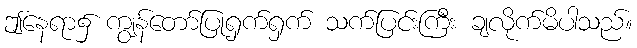
ဤနေရာ၌ ကျွန်တော်ပြုရှက်ရှက် သက်ပြင်းကြီး ချလိုက်မိပါသည်။